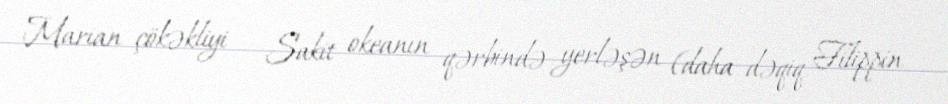
Marian çökəkliyi — Sakit okeanın qərbində yerləşən (daha dəqiq Filippin